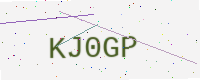
Text: KJ0GP